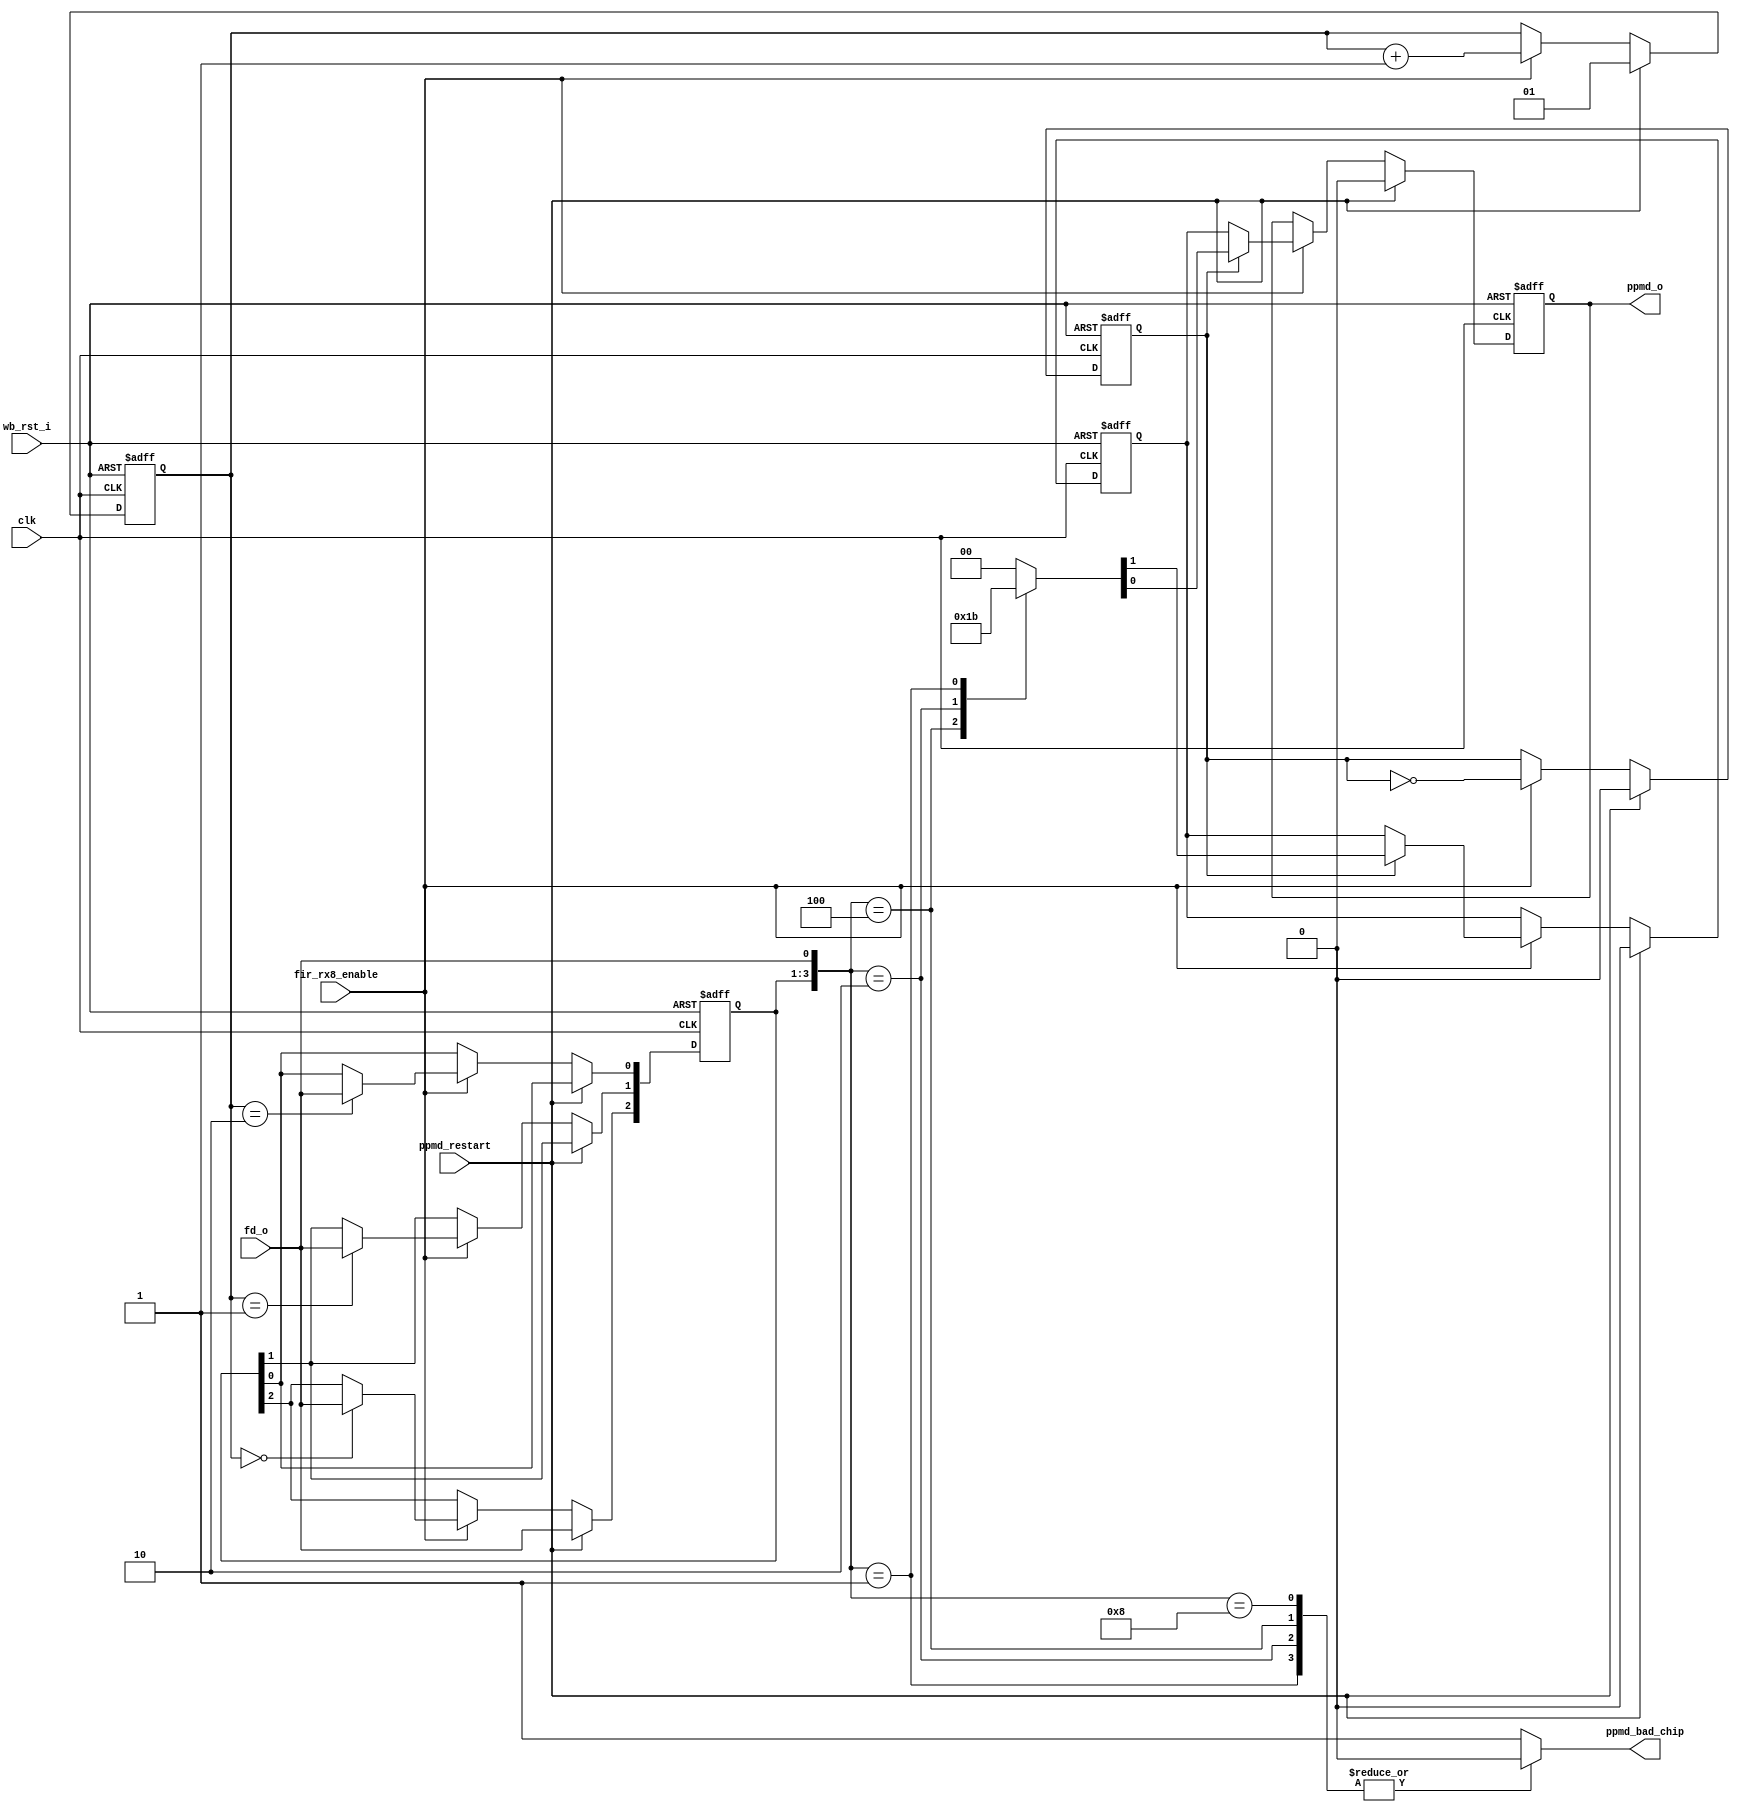
module irda_fir_4ppm_decoder (clk, wb_rst_i, fir_rx8_enable, ppmd_restart,
				fd_o, ppmd_o, ppmd_bad_chip);
input		clk;
input		wb_rst_i;
input		ppmd_restart;
input		fir_rx8_enable;
input		fd_o;

output	ppmd_o;
output	ppmd_bad_chip;

reg	[2:0]	in_buffer;
reg			out_buffer;
reg	[1:0] chip_sync;
reg			bit_sync;
reg			ppmd_o;
reg			ppmd_bad_chip;

// bit sync signal logic (divides by 2 the fir_rx8_enable - 4Mhz)
always @(posedge clk or posedge wb_rst_i)
begin
	if (wb_rst_i)
		bit_sync <= #1 0;
	else if (ppmd_restart)
		bit_sync <= #1 0;
	else if (fir_rx8_enable)
		bit_sync <= #1 ~bit_sync;		
end

// chip_sync counter (chip start at 0)
always @(posedge clk or posedge wb_rst_i)
begin
	if (wb_rst_i)
		chip_sync <= #1 0;
	else if (ppmd_restart)
		chip_sync <= #1 1;
	else if (fir_rx8_enable)
		chip_sync <= #1 chip_sync + 1;		
end

// input buffer 
always @(posedge clk or posedge wb_rst_i)
begin
	if (wb_rst_i) begin
		in_buffer <= #1 0;
	end else if (ppmd_restart) begin
		in_buffer[2] <= #1 fd_o;
	end else if (fir_rx8_enable) begin
		case (chip_sync)
			0 : in_buffer[2] <= #1 fd_o;
			1 : in_buffer[1] <= #1 fd_o;
			2 : in_buffer[0] <= #1 fd_o;
		default: ;
		endcase
	end
end

// 4ppm decoder
reg	[1:0] dbp; // decoded signal
always @(in_buffer or fd_o)
	case ( {in_buffer, fd_o} )
		4'b1000 : dbp = 2'b00;
		4'b0100 : dbp = 2'b01;
		4'b0010 : dbp = 2'b10;
		4'b0001 : dbp = 2'b11;
		default : dbp = 2'b00;
	endcase

// ppmd_bad_chip output
always @(in_buffer or fd_o)
	case ( {in_buffer, fd_o} )
		4'b1000,	4'b0100, 
		4'b0010, 4'b0001 : ppmd_bad_chip = 0;
		default : ppmd_bad_chip = 1;
	endcase

// output decoder
always @(posedge clk or posedge wb_rst_i)
begin
	if (wb_rst_i) begin
		out_buffer <= #1 0;
		ppmd_o <= #1 0;
	end else if (ppmd_restart) begin
		out_buffer <= #1 0;
		ppmd_o <= #1 0;
	end else if (fir_rx8_enable) begin
		if (bit_sync) begin
			ppmd_o <= #1 dbp[0]; /// LSB first
			out_buffer <= #1 dbp[1];
		end else begin
			ppmd_o <= #1 out_buffer;
		end
	end
end

endmodule